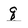
Character: q